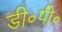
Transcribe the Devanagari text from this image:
डी॰पी॰